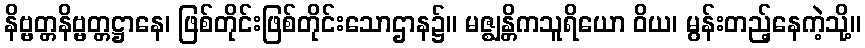
နိဗ္ဗတ္တနိဗ္ဗတ္တဋ္ဌာနေ၊ ဖြစ်တိုင်းဖြစ်တိုင်းသောဌာန၌။ မဇ္ဈန္တိကသူရိယော ဝိယ၊ မွန်းတည့်နေကဲ့သို့။